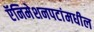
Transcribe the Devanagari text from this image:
ऍनिमेशनपटांमधील